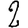
Digit: 2